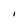
Character: I